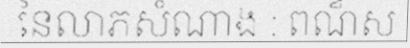
នៃលាភសំណាង : ពណ៏ស